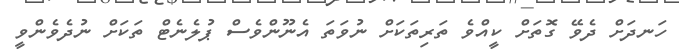
ހަނދަށް ދެވޭ ގޮތަށް ކީއްވެ ތަރިތަކަށް ނުވަތަ އެނޫންވެސް ޕުލެނެޓް ތަކަށް ނުދެވެންވީ